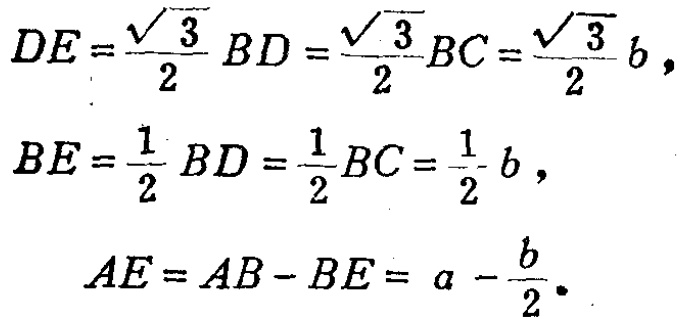
\[
\begin{align*}
DE&=\frac{\sqrt{3}}{2}BD=\frac{\sqrt{3}}{2}BC=\frac{\sqrt{3}}{2}b,\\
BE&=\frac{1}{2}BD=\frac{1}{2}BC=\frac{1}{2}b,\\
AE&=AB - BE=a-\frac{b}{2}.
\end{align*}
\]